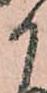
か